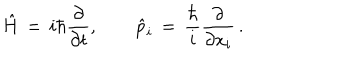
\hat { H } \, = \, i \hbar { \frac { \partial } { \partial t } } , \qquad \hat { p } _ { i } \, = \, { \frac { \hbar } { i } } { \frac { \partial } { \partial x _ { i } } } \, .